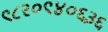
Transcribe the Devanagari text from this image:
९८२०९४०६३६